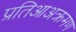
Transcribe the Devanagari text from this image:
प्रतिआअक्रमण